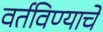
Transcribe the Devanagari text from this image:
वर्तविण्याचे